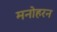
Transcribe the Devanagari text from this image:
मनोहरन